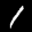
Label: 1